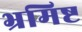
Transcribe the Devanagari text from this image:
भ्रमिष्ट